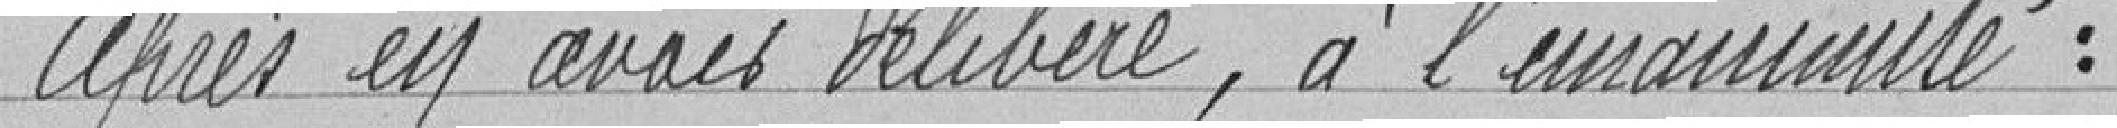
Après en avoir délibéré, à l'unanimité :